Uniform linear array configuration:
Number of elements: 48
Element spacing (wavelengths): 0.5
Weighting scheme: exponential
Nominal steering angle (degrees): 0
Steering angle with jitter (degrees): -0.208
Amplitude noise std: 0.05
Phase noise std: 0.05

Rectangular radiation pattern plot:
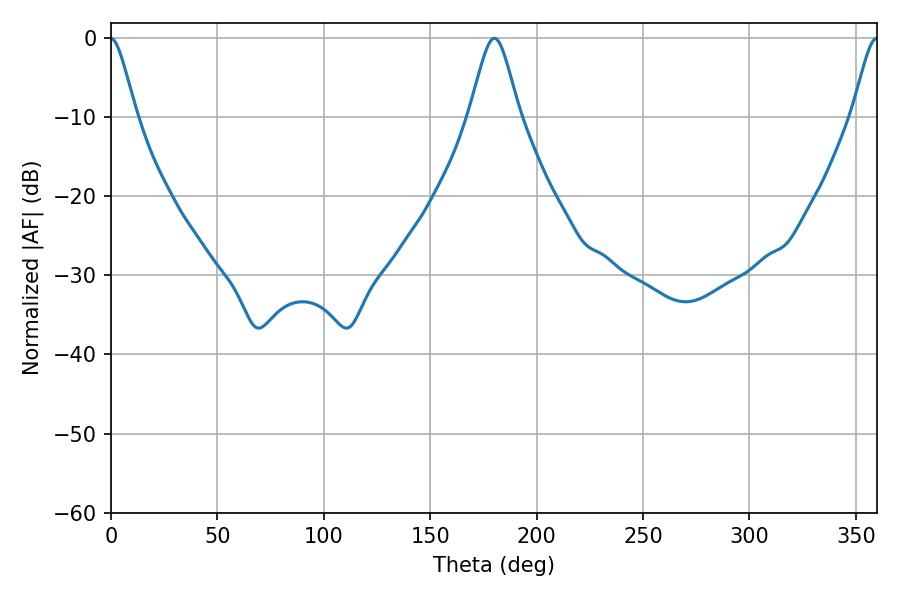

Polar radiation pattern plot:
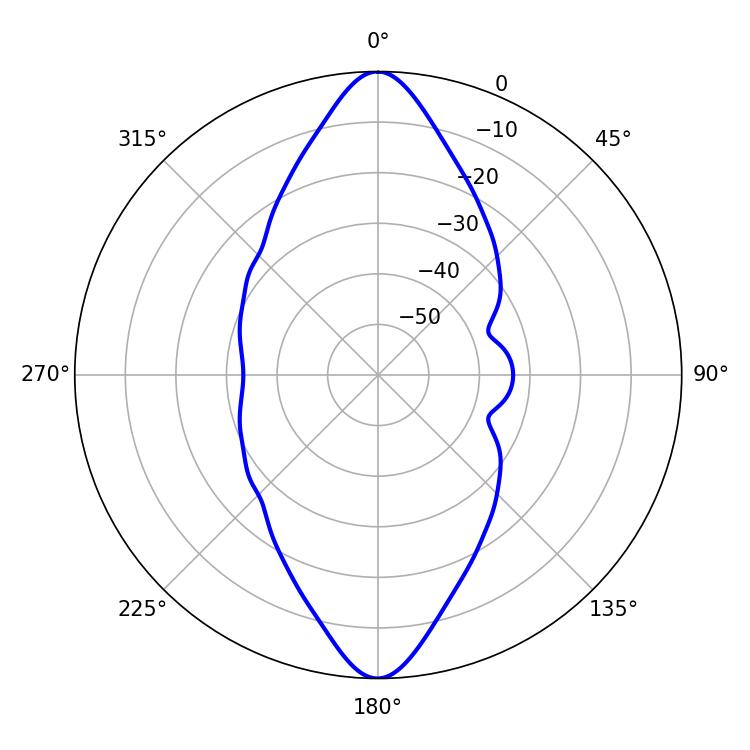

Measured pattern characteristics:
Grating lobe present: FALSE
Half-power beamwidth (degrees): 11.34
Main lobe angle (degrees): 180.18